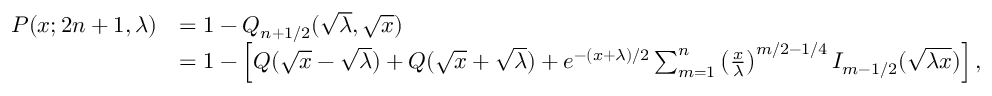
{ \begin{array} { r l } { P ( x ; 2 n + 1 , \lambda ) } & { = 1 - Q _ { n + 1 / 2 } ( { \sqrt { \lambda } } , { \sqrt { x } } ) } \\ & { = 1 - \left[ Q ( { \sqrt { x } } - { \sqrt { \lambda } } ) + Q ( { \sqrt { x } } + { \sqrt { \lambda } } ) + e ^ { - ( x + \lambda ) / 2 } \sum _ { m = 1 } ^ { n } \left( { \frac { x } { \lambda } } \right) ^ { m / 2 - 1 / 4 } I _ { m - 1 / 2 } ( { \sqrt { \lambda x } } ) \right] , } \end{array} }